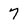
Character: 7